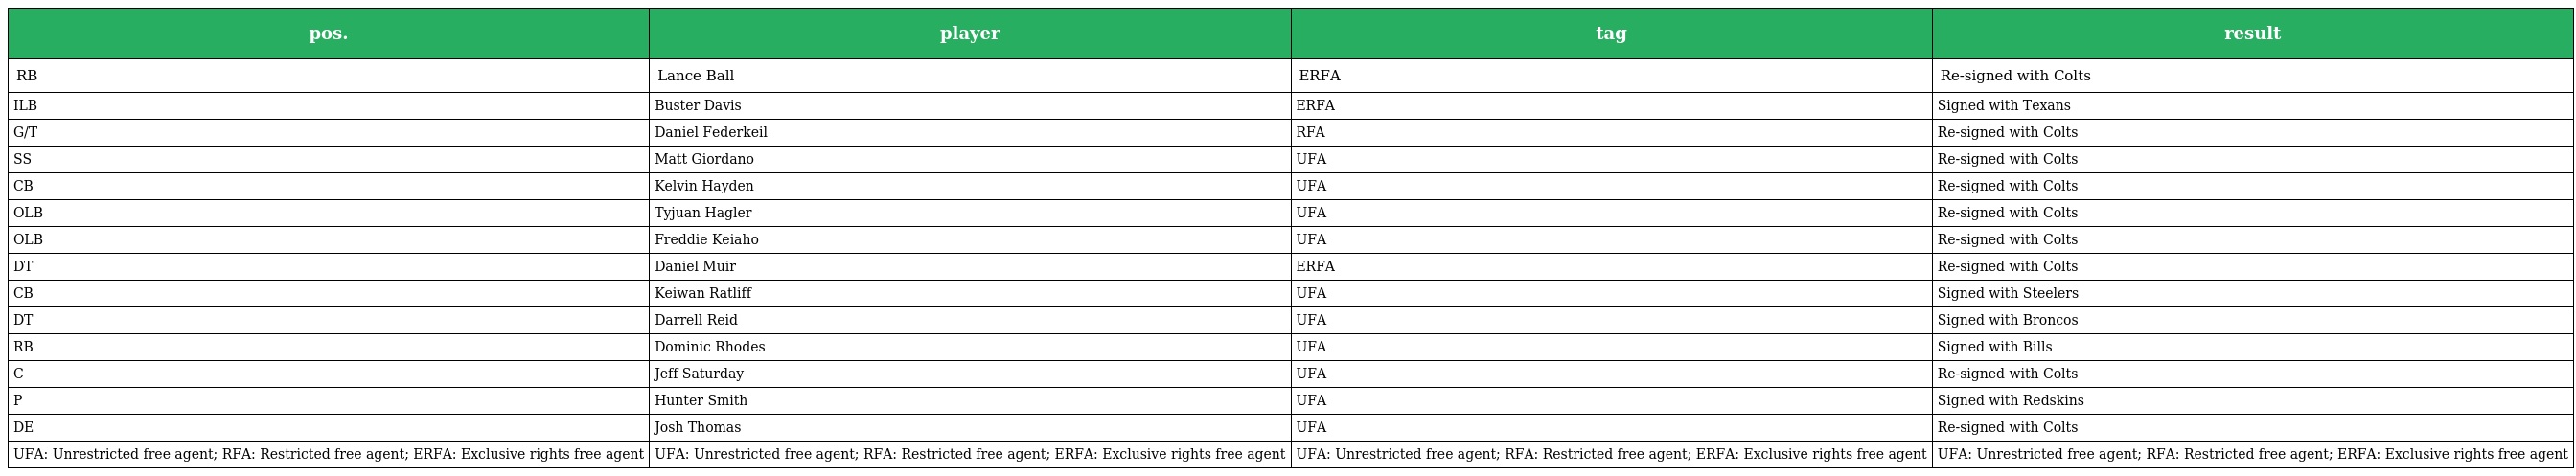
| pos. | player | tag | result |
 | --- | --- | --- | --- |
 | RB | Lance Ball | ERFA | Re-signed with Colts |
 | ILB | Buster Davis | ERFA | Signed with Texans |
 | G/T | Daniel Federkeil | RFA | Re-signed with Colts |
 | SS | Matt Giordano | UFA | Re-signed with Colts |
 | CB | Kelvin Hayden | UFA | Re-signed with Colts |
 | OLB | Tyjuan Hagler | UFA | Re-signed with Colts |
 | OLB | Freddie Keiaho | UFA | Re-signed with Colts |
 | DT | Daniel Muir | ERFA | Re-signed with Colts |
 | CB | Keiwan Ratliff | UFA | Signed with Steelers |
 | DT | Darrell Reid | UFA | Signed with Broncos |
 | RB | Dominic Rhodes | UFA | Signed with Bills |
 | C | Jeff Saturday | UFA | Re-signed with Colts |
 | P | Hunter Smith | UFA | Signed with Redskins |
 | DE | Josh Thomas | UFA | Re-signed with Colts |
 | UFA: Unrestricted free agent; RFA: Restricted free agent; ERFA: Exclusive rights free agent | UFA: Unrestricted free agent; RFA: Restricted free agent; ERFA: Exclusive rights free agent | UFA: Unrestricted free agent; RFA: Restricted free agent; ERFA: Exclusive rights free agent | UFA: Unrestricted free agent; RFA: Restricted free agent; ERFA: Exclusive rights free agent |